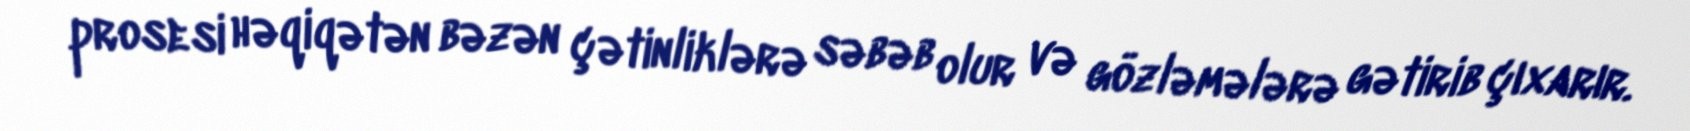
prosesi həqiqətən bəzən çətinliklərə səbəb olur və gözləmələrə gətirib çıxarır.